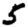
Digit: 5